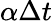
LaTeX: \alpha\Delta t